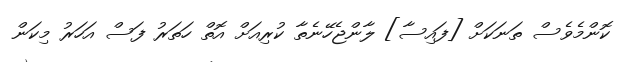
ކޮންމެވެސް ތަނަކަށް [ފައިސާ] ލާންޖެހޭނެތާ ކުރިއަށް އޮތް ހަތަރު ފަސް އަހަރު މިކަން